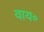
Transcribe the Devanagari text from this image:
वाय॰